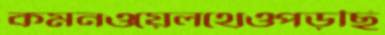
কমনওয়েলথেওপড়ছি